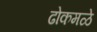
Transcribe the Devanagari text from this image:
ढोकमळे